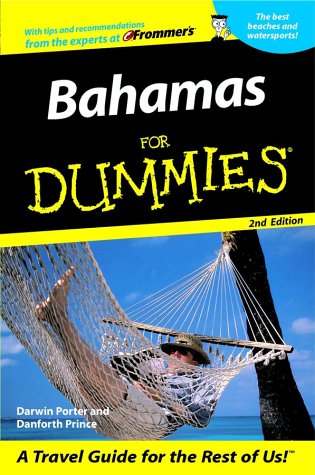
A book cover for Bahamas For Dummies (Dummies Travel); Darwin Porter; Travel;